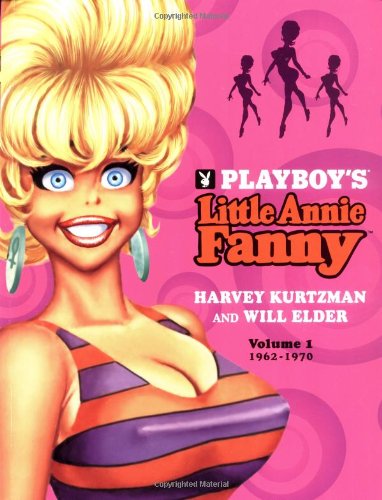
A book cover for Little Annie Fanny, Volume 1; Will Elder; Comics & Graphic Novels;